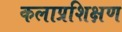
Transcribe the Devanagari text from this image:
कलाप्रशिक्षण